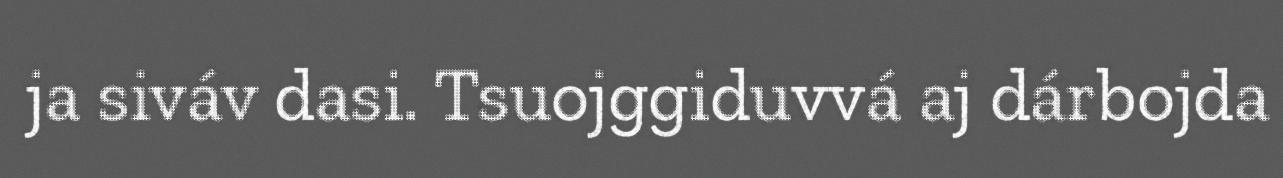
ja siváv dasi. Tsuojggiduvvá aj dárbojda